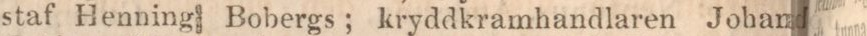
staf Henning Bobergs; kryddkramhandlaren Johan